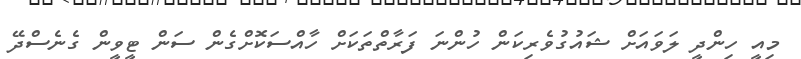
މިއީ ހިންދީ ލަވައަށް ޝައުގުވެރިކަން ހުންނަ ފަރާތްތަކަށް ހާއްސަކޮށްގެން ސަން ޓީވީން ގެނެސްދޭ